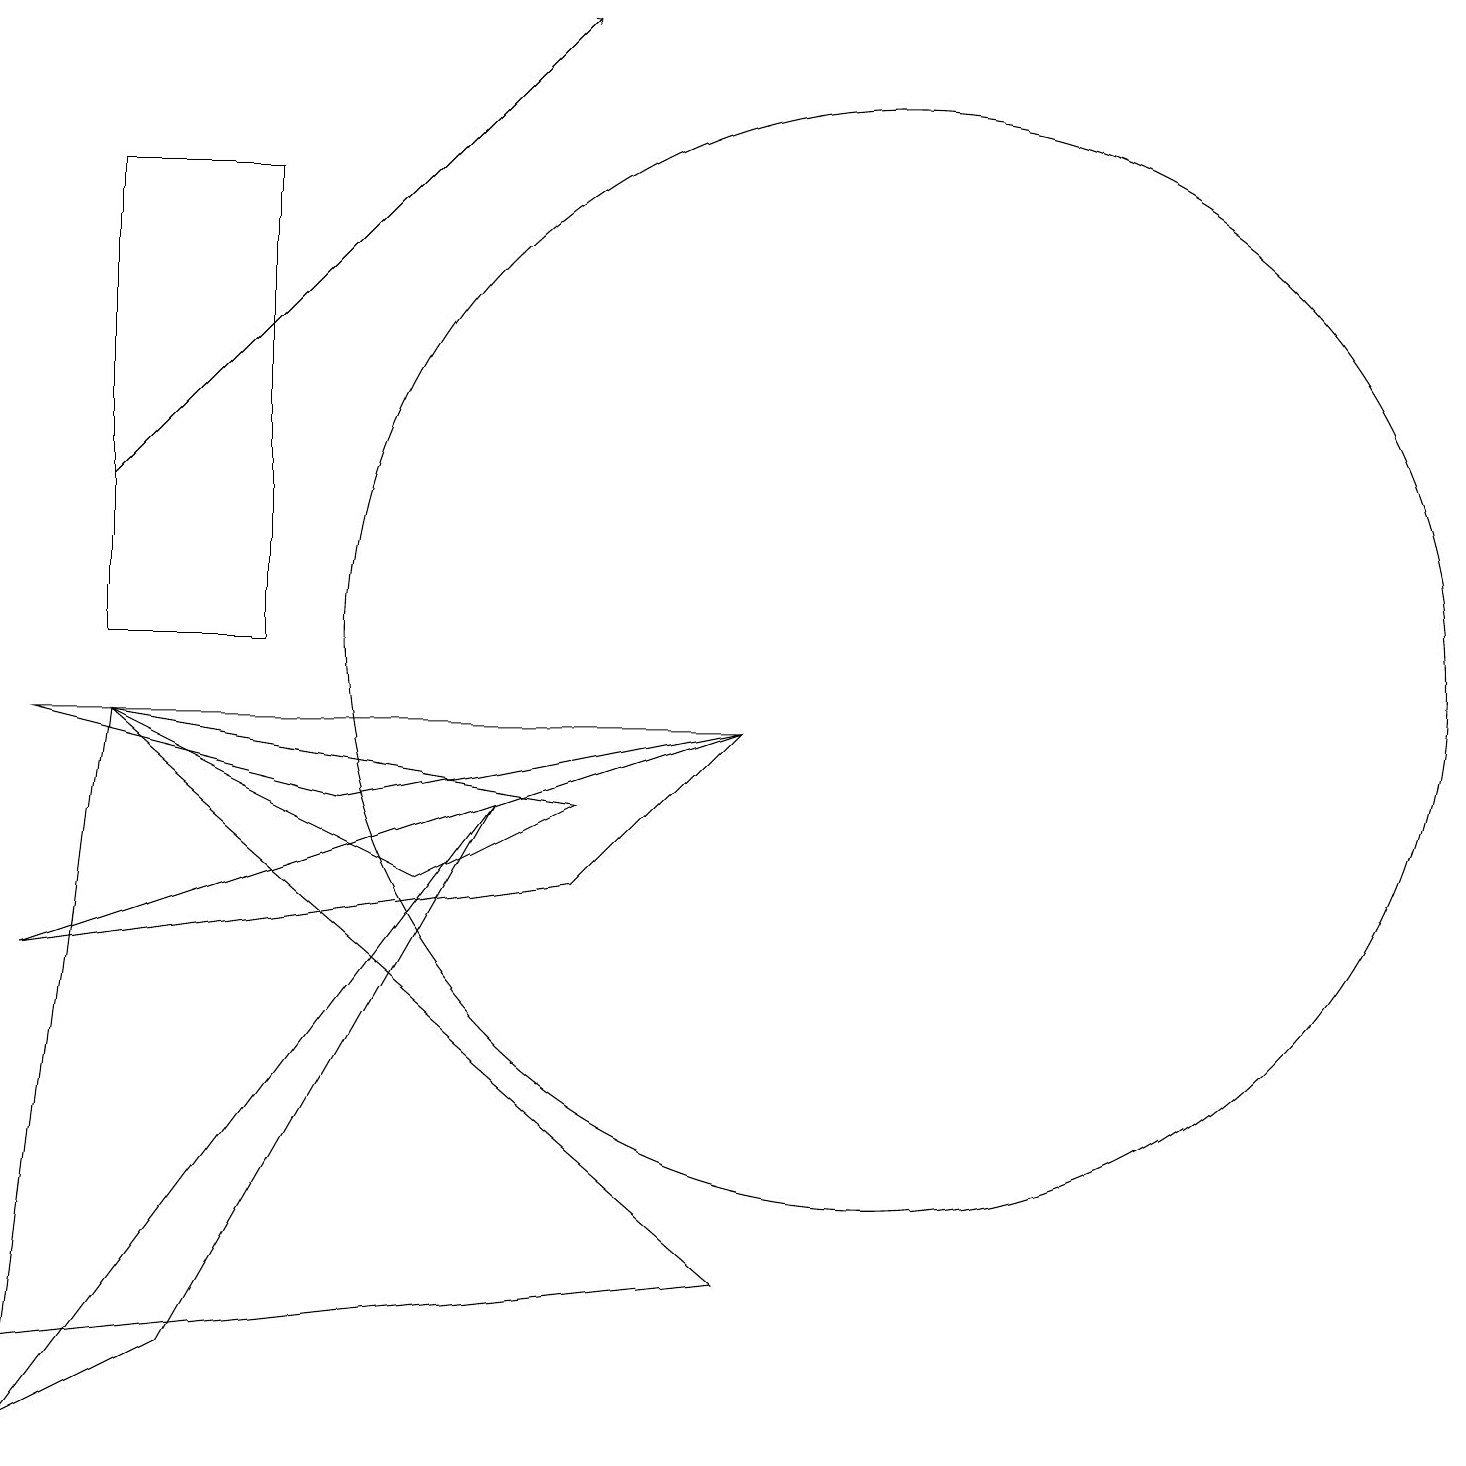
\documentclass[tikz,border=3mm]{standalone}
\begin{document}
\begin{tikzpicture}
\draw (11,10) circle (7);
\draw (1,9) -- (9,2) -- (0,1) -- cycle;
\draw (0,6) -- (7,7) -- (9,9) -- cycle;
\draw (9,9) -- (4,8) -- (0,9) -- cycle;
\draw[->] (1,12) -- (7,18);
\draw (2,1) -- (0,0) -- (6,8) -- cycle;
\draw (1,16) rectangle (3,10);
\draw (5,7) -- (1,9) -- (7,8) -- cycle;
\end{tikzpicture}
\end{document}